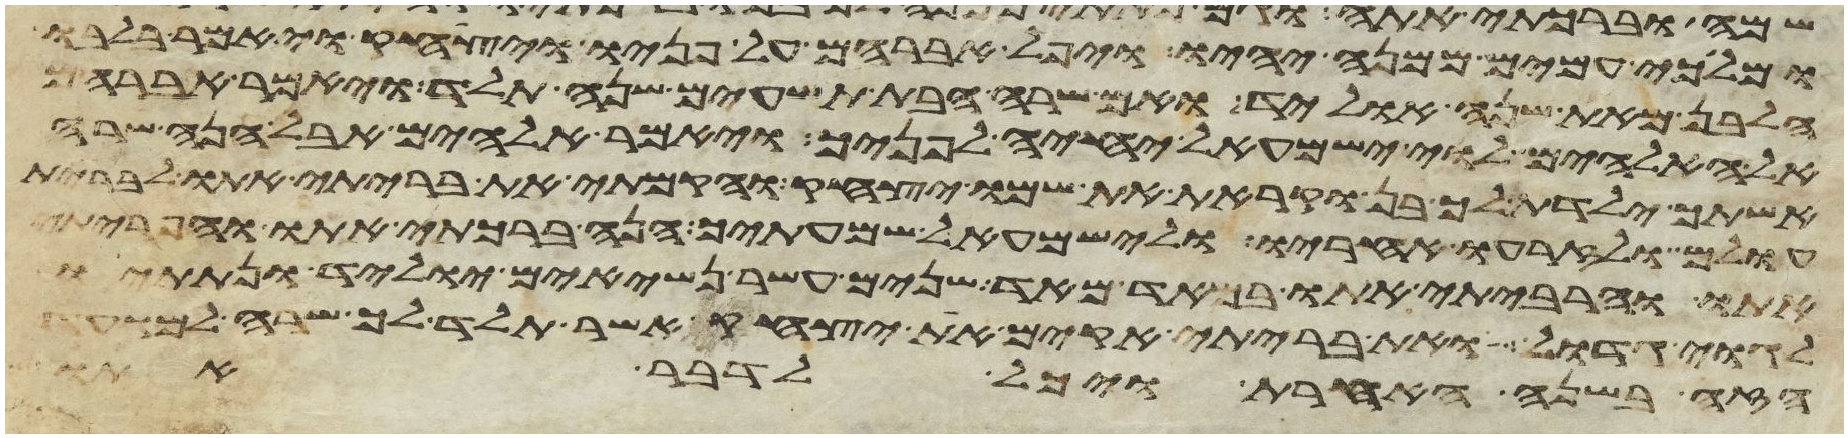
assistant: ומלכי עמים ממנה יהיו ויפל אברהם על פניו ויצחק ויאמר בלבו
הלבן מאת שנה אוליד ואם שרה הבת תשעים שנה תלד ויאמר אברהם
אל האלהים לוי ישמעאל יחיה לפניך ויאמר אלהים אבל הנה שרה
אשתך ילדת לך בן וקראת את שמו יצחק והקמתי את בריתי אתו לברית
עולם ולזרעו אחריו ולישמעאל שמעתיך הנה ברכתי אתו והפריתי
אתו והרביתי אתו במאד מאד שנים עשר נשיאים יוליד ונתתיו
לגוי גדול ואת בריתי אקים את יצחק אשר תלד לך שרה למועד
הזה בשנה האחרת ויכל לדבר אתו